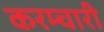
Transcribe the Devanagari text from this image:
करम्चारी